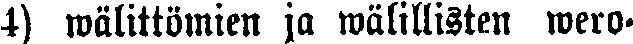
4) wälittömien ja wälillisten wero-